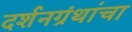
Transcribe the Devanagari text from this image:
दर्शनग्रंथांचा